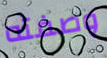
وصفته